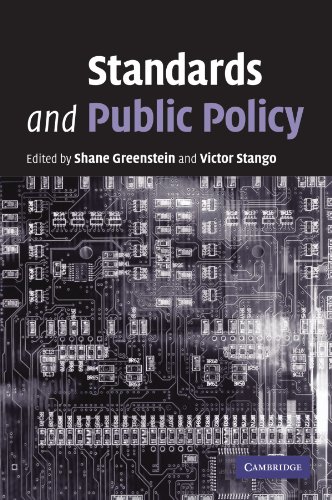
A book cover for Standards and Public Policy; Business & Money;